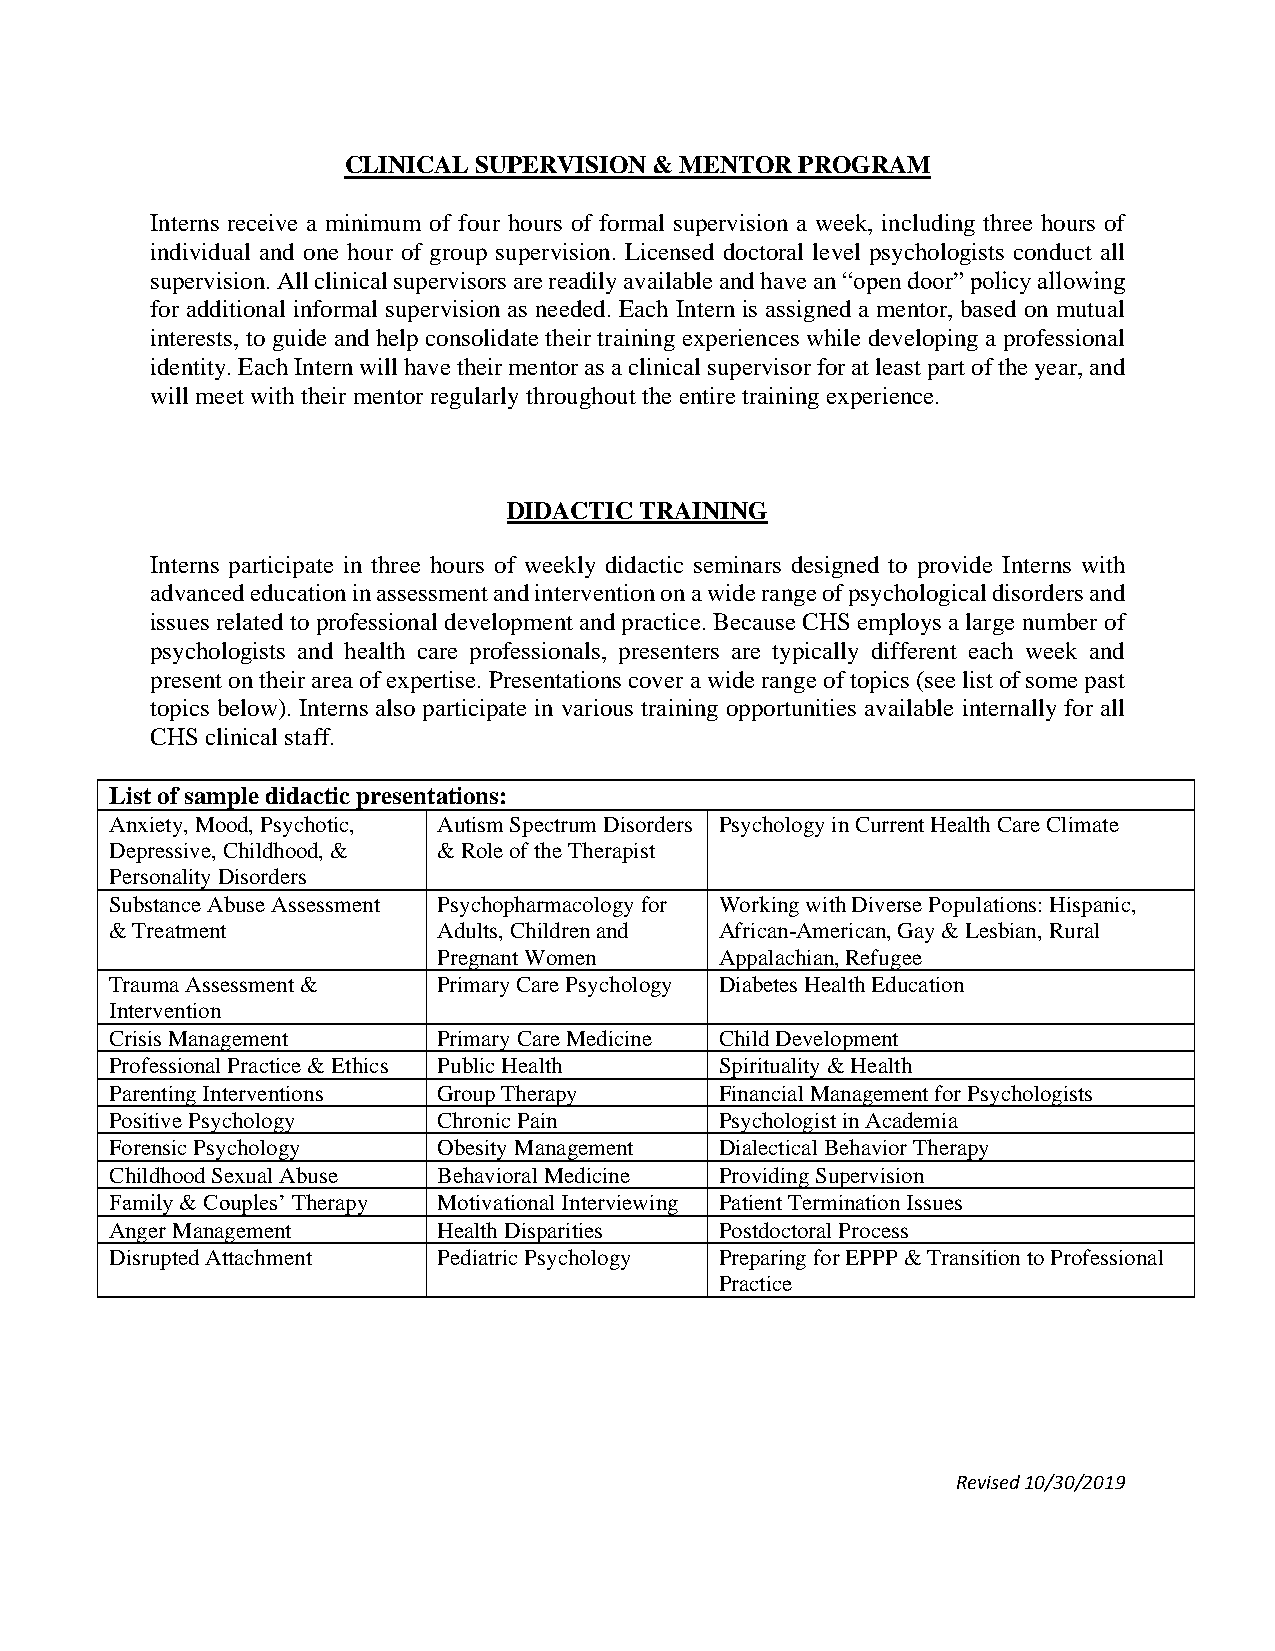
CLINICAL SUPERVISION & MENTOR PROGRAM
 Interns receive a minimum of four hours of formal supervision a week, including three hours of
 individual and one hour of group supervision. Licensed doctoral level psychologists conduct all
 supervision. All clinical supervisors are readily available and have an “open door” policy allowing
 for additional informal supervision as needed. Each Intern is assigned a mentor, based on mutual
 interests, to guide and help consolidate their training experiences while developing a professional
 identity. Each Intern will have their mentor as a clinical supervisor for at least part of the year, and
 will meet with their mentor regularly throughout the entire training experience.
 DIDACTIC TRAINING
 Interns participate in three hours of weekly didactic seminars designed to provide Interns with
 advanced education in assessment and intervention on a wide range of psychological disorders and
 issues related to professional development and practice. Because CHS employs a large number of
 psychologists and health care professionals, presenters are typically different each week and
 present on their area of expertise. Presentations cover a wide range of topics (see list of some past
 topics below). Interns also participate in various training opportunities available internally for all
 CHS clinical staff.
 List of sample didactic presentations:
 Anxiety, Mood, Psychotic, Autism Spectrum Disorders Psychology in Current Health Care Climate
 Depressive, Childhood, & & Role of the Therapist
 Personality Disorders
 Substance Abuse Assessment Psychopharmacology for Working with Diverse Populations: Hispanic,
 & Treatment           Adults, Children and African-American, Gay & Lesbian, Rural
 Pregnant Women     Appalachian, Refugee
 Trauma Assessment &   Primary Care Psychology Diabetes Health Education
 Intervention
 Crisis Management     Primary Care Medicine Child Development
 Professional Practice & Ethics Public Health Spirituality & Health
 Parenting Interventions Group Therapy    Financial Management for Psychologists
 Positive Psychology   Chronic Pain       Psychologist in Academia
 Forensic Psychology   Obesity Management Dialectical Behavior Therapy
 Childhood Sexual Abuse Behavioral Medicine Providing Supervision
 Family & Couples’ Therapy Motivational Interviewing Patient Termination Issues
 Anger Management      Health Disparities Postdoctoral Process
 Disrupted Attachment  Pediatric Psychology Preparing for EPPP & Transition to Professional
 Practice
 Revised 10/30/2019